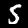
Label: 5